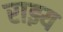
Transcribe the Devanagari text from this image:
राझ्य